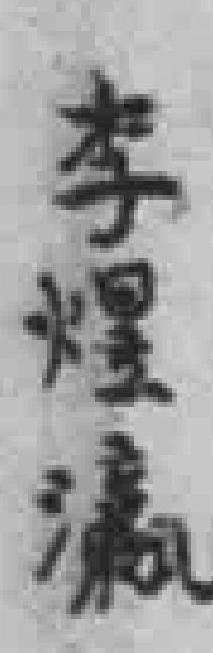
李煌瀛